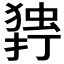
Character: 𰔥